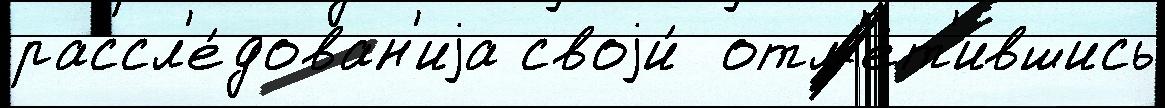
рассл'е́дован'иjа своjи́  отм'е́т'ившись